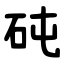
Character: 砘